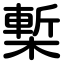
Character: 槧